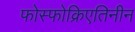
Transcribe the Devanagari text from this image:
फोस्फोक्रिएतिनीन